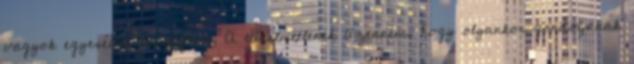
vagyok egyesével veszegetni. A türelmetlenek üzenném, hogy olyankor gondoljanak